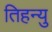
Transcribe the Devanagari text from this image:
तिहन्यु